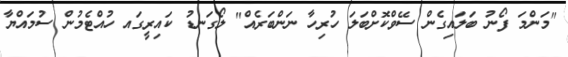
"މަންމަ ފޯނު ބަލައިގެން ސޭވްކޮށްބަލަ ހުރިހާ ނަންބަރެއް" ލޯގަނޑު ކައިރީގައ ހުއްޓެމުން ސުމައްޔާ